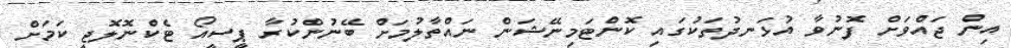
އިން ޖައްވަށް ފޮނުވާ އުޅަނދުތަކުގައި ކޮންޓަމިނޭޝަން ނައްތާލުމަށް ބޭނުންކުރާ ޕީސީއޯ ޓެކްނޮލޮޖީ ކަމަށް